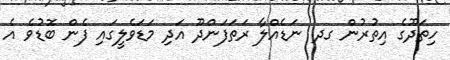
ހިތަދޫގެ އިތުރުން ގދ. ނަޑެއްލާ ރަތަފަންދޫ އަދި މަޑަވެލީގައި ފެން ބޮޑުވެ އެ